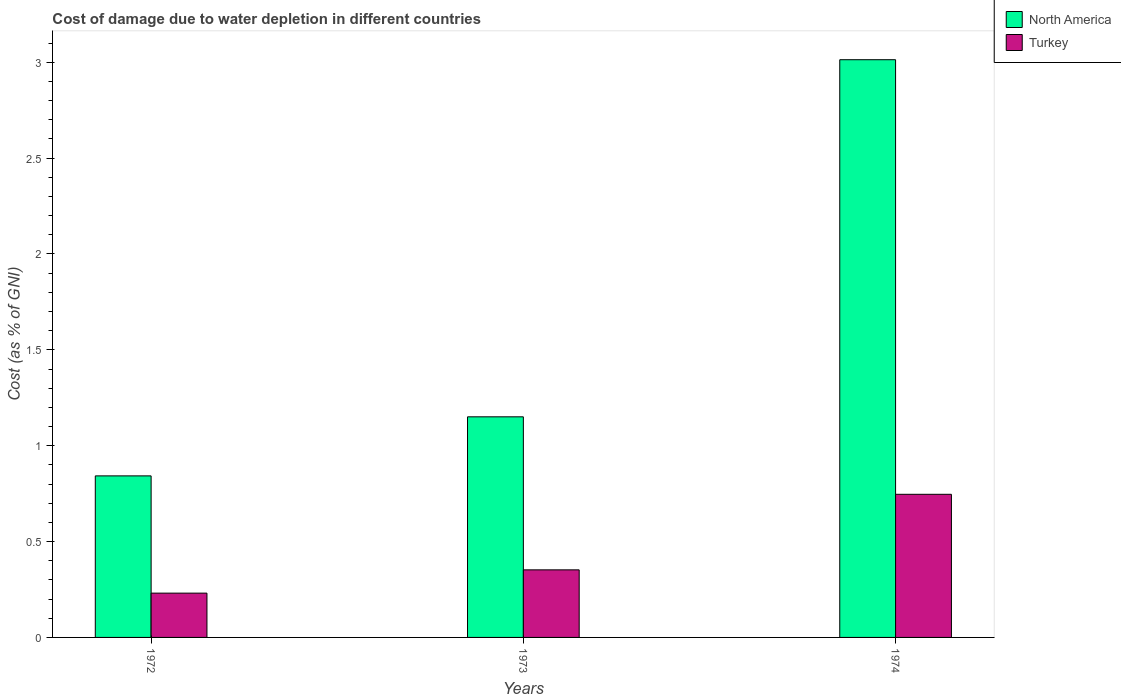
| Years | North America | Turkey |
 | --- | --- | --- |
 | 1972 | 0.843 | 0.231 |
 | 1973 | 1.15 | 0.352 |
 | 1974 | 3.01 | 0.746 |